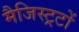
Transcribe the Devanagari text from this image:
मैजिस्ट्रटों